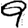
Digit: 9